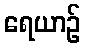
ရေယာဉ်